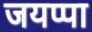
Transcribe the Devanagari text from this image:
जयप्पा